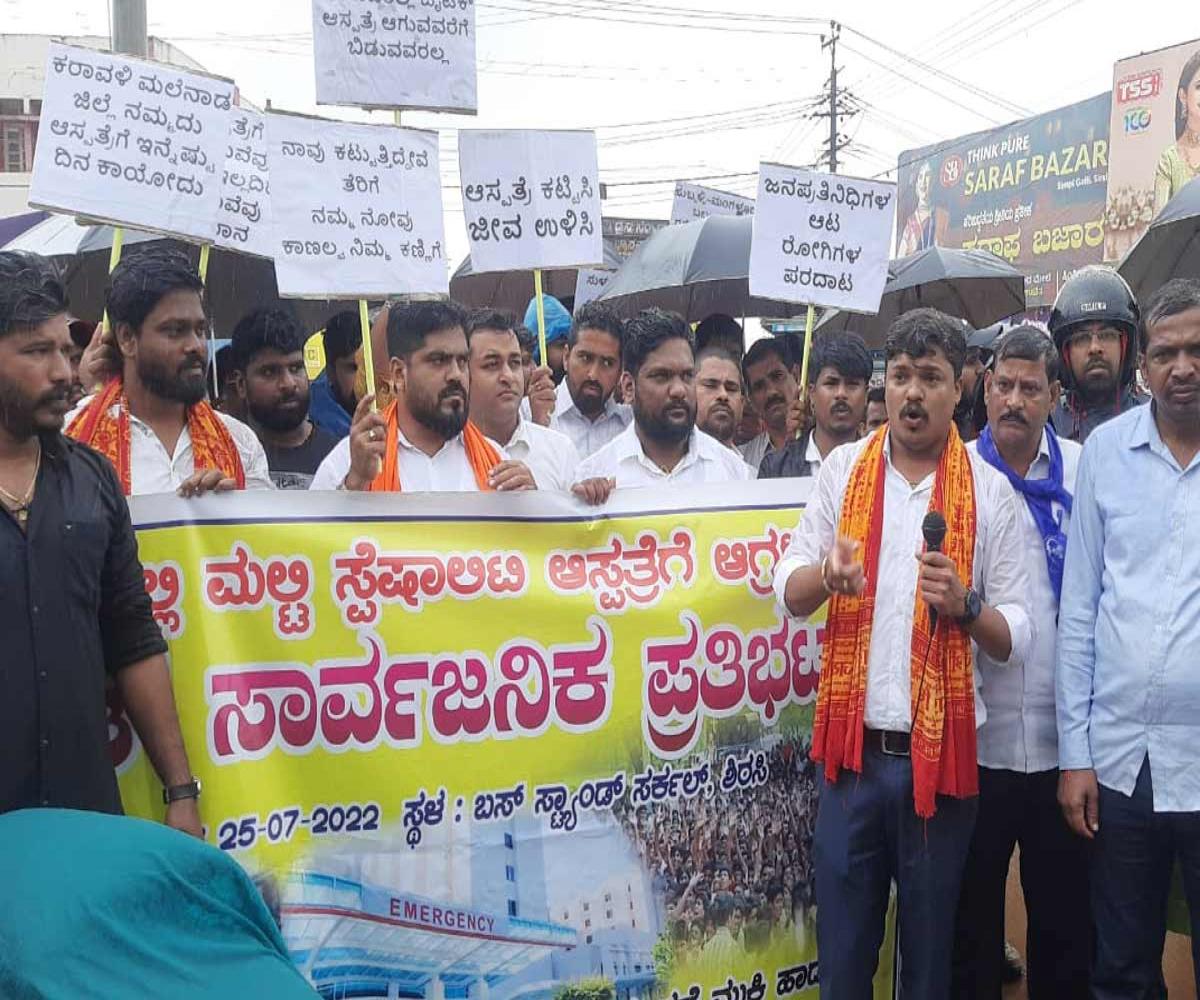
Language: kannada
Transcription: ಆಸ್ಪತ್ರೆಗೆ ಸಾರ್ವಜನಿಕ ಸ್ಪೆಷಾಲಿಟಿ ಮಲ್ಟಿ